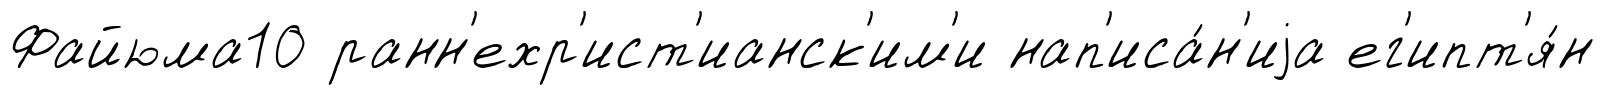
Файюма10 ранн'ехр'ист'ианск'им'и нап'иса́н'иjа ег'ипт'я́н